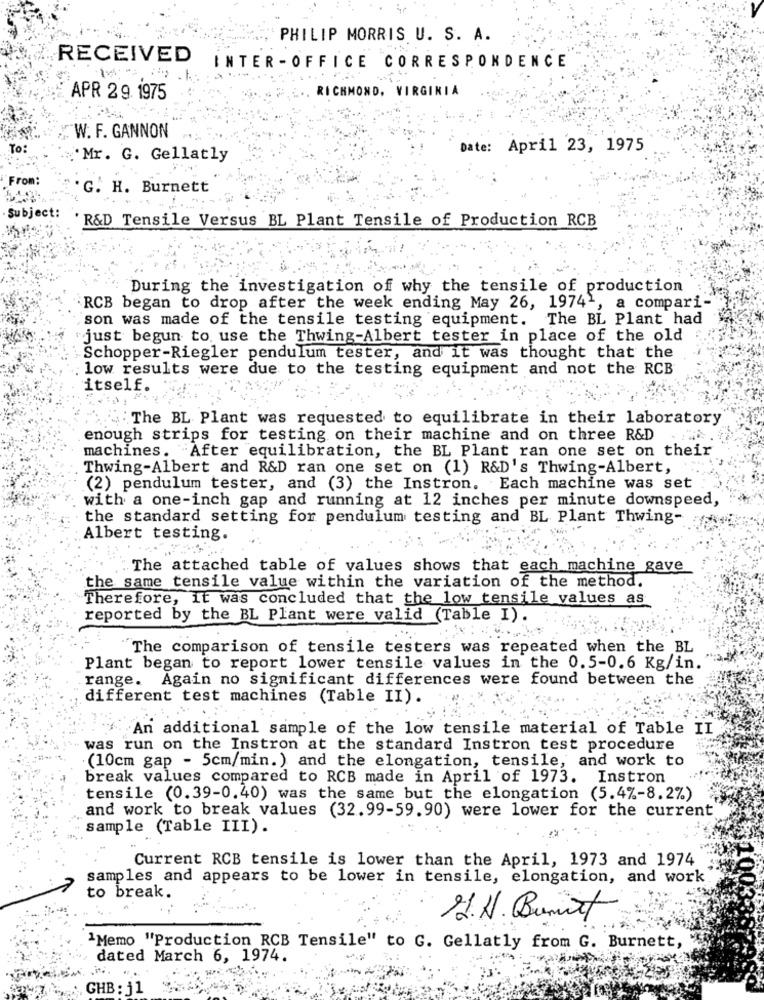
PHILIP MORRIS U. S. A.
RECEIVED
INTER - OFFICE CORRESPONDENCE
RICHMOND, VIRGINIA
APR 29. 1975
W. F. GANNON
To:
Date: April 23, 1975
"Mr. G. Gellatly
From:
G. H. Burnett
Subject:
R&D Tensile Versus BL Plant Tensile of Production RCB
During the investigation of why the tensile of production
RCB began to drop after the week ending May 26, 19741, a compari-
son was made of the tensile testing equipment. The BL Plant had
just begun to use the Thwing-Albert tester in place of the old
Schopper-Riegler pendulum tester, and it was thought that the
low results were due to the testing equipment and not the RCB
itself.
The BL Plant was requested to equilibrate in their laboratory
enough strips for testing on their machine and on three R&D
machines. After equilibration, the BL Plant ran one set on their
Thwing-Albert and R&D ran one set on (1) R&D's Thwing-Albert,
(2) pendulum tester, and (3) the Instron. Each machine was set
with a one-inch gap and running at 12 inches per minute downspeed,
the standard setting for pendulum testing and BL Plant Thwing-
Albert testing.
The attached table of values shows that each machine gave
the same tensile value within the variation of the method.
Therefore, it was concluded that the low tensile values as
reported by the BL Plant were valid (Table I).
The comparison of tensile testers was repeated when the BL
Plant began to report lower tensile values in the 0.5-0.6 Kg/in.
range. Again no significant differences were found between the
different test machines (Table II).
An additional sample of the low tensile material of Table II
was run on the Instron at the standard Instron test procedure
(10cm gap - 5cm/min. ) and the elongation, tensile, and work to
break values compared to RCB made in April of 1973. Instron
tensile (0.39-0.40) was the same but the elongation (5.4%-8.2%)
and work to break values (32.99-59.90) were lower for the current
sample (Table III).
Current RCB tensile is lower than the April, 1973 and 1974
samples and appears to be lower in tensile, elongation, and work
to break.
"Memo "Production RCB Tensile" to G. Gellatly from G. Burnett,
dated March 6, 1974.
GHB : j1